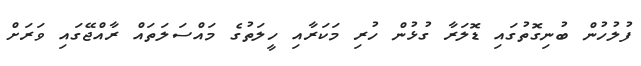
ފުލުހުން ބުނިގޮތުގައި ޑޮލަރާ ގުޅުން ހުރި މަކަރާއި ހީލަތުގެ މައްސަލަތައް ރާއްޖޭގައި ވަރަށް